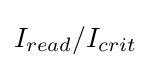
I_{read}/I_{crit}